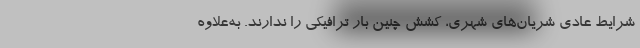
شرایط عادی شریان‌های شهری، کشش چنین بار ترافیکی را ندارند. به‌علاوه